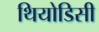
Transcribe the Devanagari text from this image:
थियोडिसी